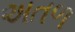
અતળ